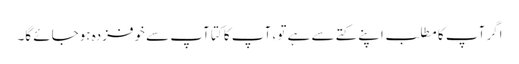
اگر آپ کا مطلب اپنے کتے سے ہے تو ، آپ کا کتا آپ سے خوفزدہ ہوجائے گا۔